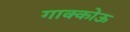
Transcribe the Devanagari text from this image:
गाक्कोऊ